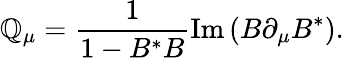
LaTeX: \mathbb{Q}_{\mu}={\frac{{1}}{{1-B^{*}B}}}\mathrm{{Im}}\left(B\partial_{\mu}B^{*}\right).